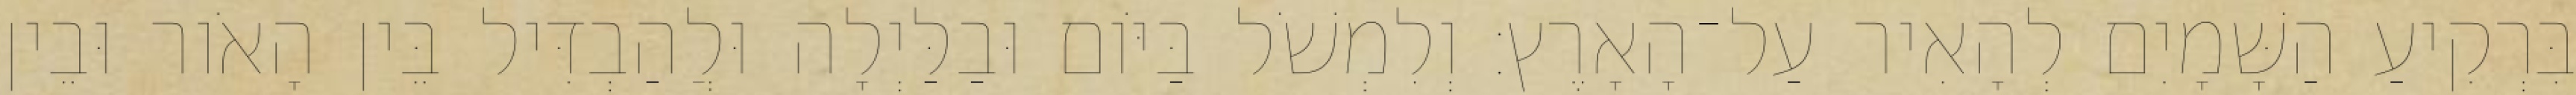
בִּרְקִיעַ הַשָּׁמָיִם לְהָאִיר עַל־הָאָרֶץ׃ וְלִמְשֹׁל בַּיֹּום וּבַלַּיְלָה וּלֲהַבְדִּיל בֵּין הָאֹור וּבֵין